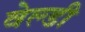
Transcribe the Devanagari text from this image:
वेल्डी